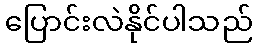
ပြောင်းလဲနိုင်ပါသည်